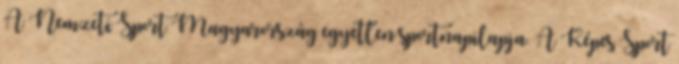
A Nemzeti Sport Magyarország egyetlen sportnapilapja. A Képes Sport